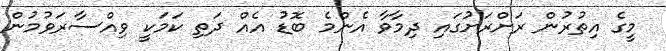
މީގެ އިތުރުން ރަށްރަށުގައި ދިމާވާ އެންމެ ބޮޑު އެއް ދަތި ކަމަކީ ވިއްސާރަވުމުން